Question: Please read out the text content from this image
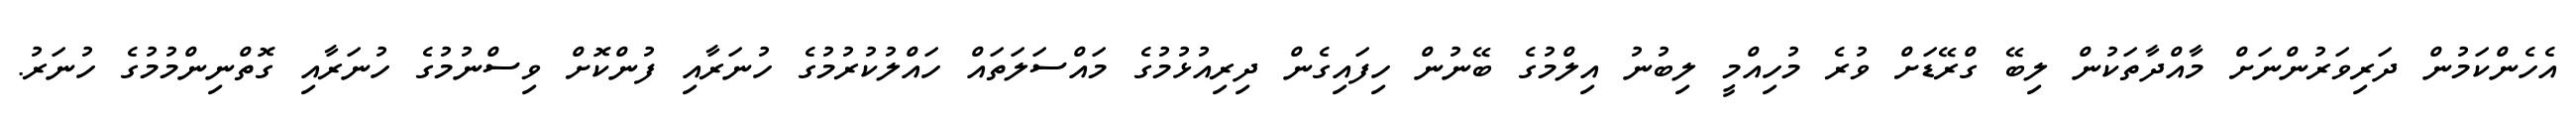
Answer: އެހެންކަމުން ދަރިވަރުންނަށް މާއްދާތަކުން ލިބޭ ގްރޭޑަށް ވުރެ މުހިއްމީ ލިބުނު އިލްމުގެ ބޭނުން ހިފައިގެން ދިރިއުޅުމުގެ މައްސަލަތައް ހައްލުކުރުމުގެ ހުނަރާއި ފުންކޮށް ވިސްނުމުގެ ހުނަރާއި ގޮތްނިންމުމުގެ ހުނަރު.